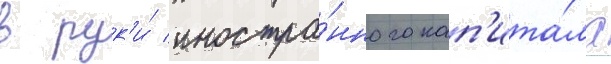
в рук'и́ иностра́нного кап'ита́ла